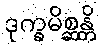
ဒုက္ခမိစ္ဆန္တိ